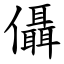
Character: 㒤